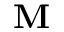
\mathbf M